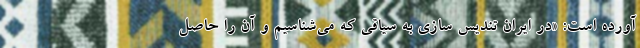
آورده است: «در ایران تندیس سازی به سیاقی که می‌شناسیم و آن را حاصل